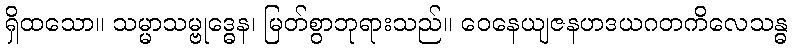
ရှိထသော။ သမ္မာသမ္ဗုဒ္ဓေန၊ မြတ်စွာဘုရားသည်။ ဝေနေယျဇနဟဒယဂတကိလေသန္ဓ